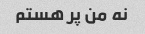
نه من پر هستم